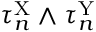
\tau _ { n } ^ { \mathrm { X } } \wedge \tau _ { n } ^ { \mathrm { Y } }